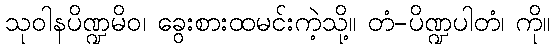
သုဝါနပိဏ္ဍမိဝ၊ ခွေးစားထမင်းကဲ့သို့။ တံ-ပိဏ္ဍပါတံ၊ ကို။